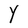
Character: Y